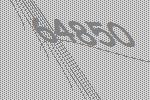
64850